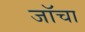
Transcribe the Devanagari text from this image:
जॉचा